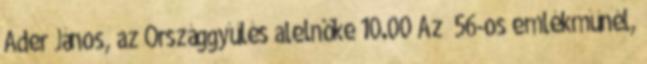
Áder János, az Országgyűlés alelnöke 10.00 Az ’56-os emlékműnél,